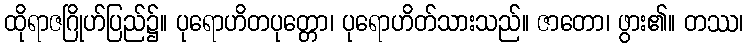
ထိုရာဇဂြိုဟ်ပြည်၌။ ပုရောဟိတပုတ္တော၊ ပုရောဟိတ်သားသည်။ ဇာတော၊ ဖွား၏။ တဿ၊